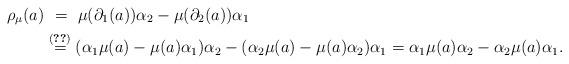
LaTeX: \begin{align*} \rho_\mu(a) &\overset{\hphantom{(2.3)}}{=} \mu(\partial_1(a))\alpha_2 - \mu(\partial_2(a))\alpha_1 \\ &\overset{\eqref{eq:repd1}}{=} (\alpha_1 \mu(a) - \mu(a) \alpha_1)\alpha_2 - (\alpha_2 \mu(a) - \mu(a) \alpha_2)\alpha_1 = \alpha_1 \mu(a) \alpha_2 - \alpha_2 \mu(a) \alpha_1. \end{align*}